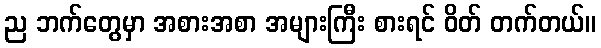
ည ဘက်တွေမှာ အစားအစာ အများကြီး စားရင် ဝိတ် တက်တယ်။